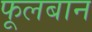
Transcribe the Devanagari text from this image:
फूलबान